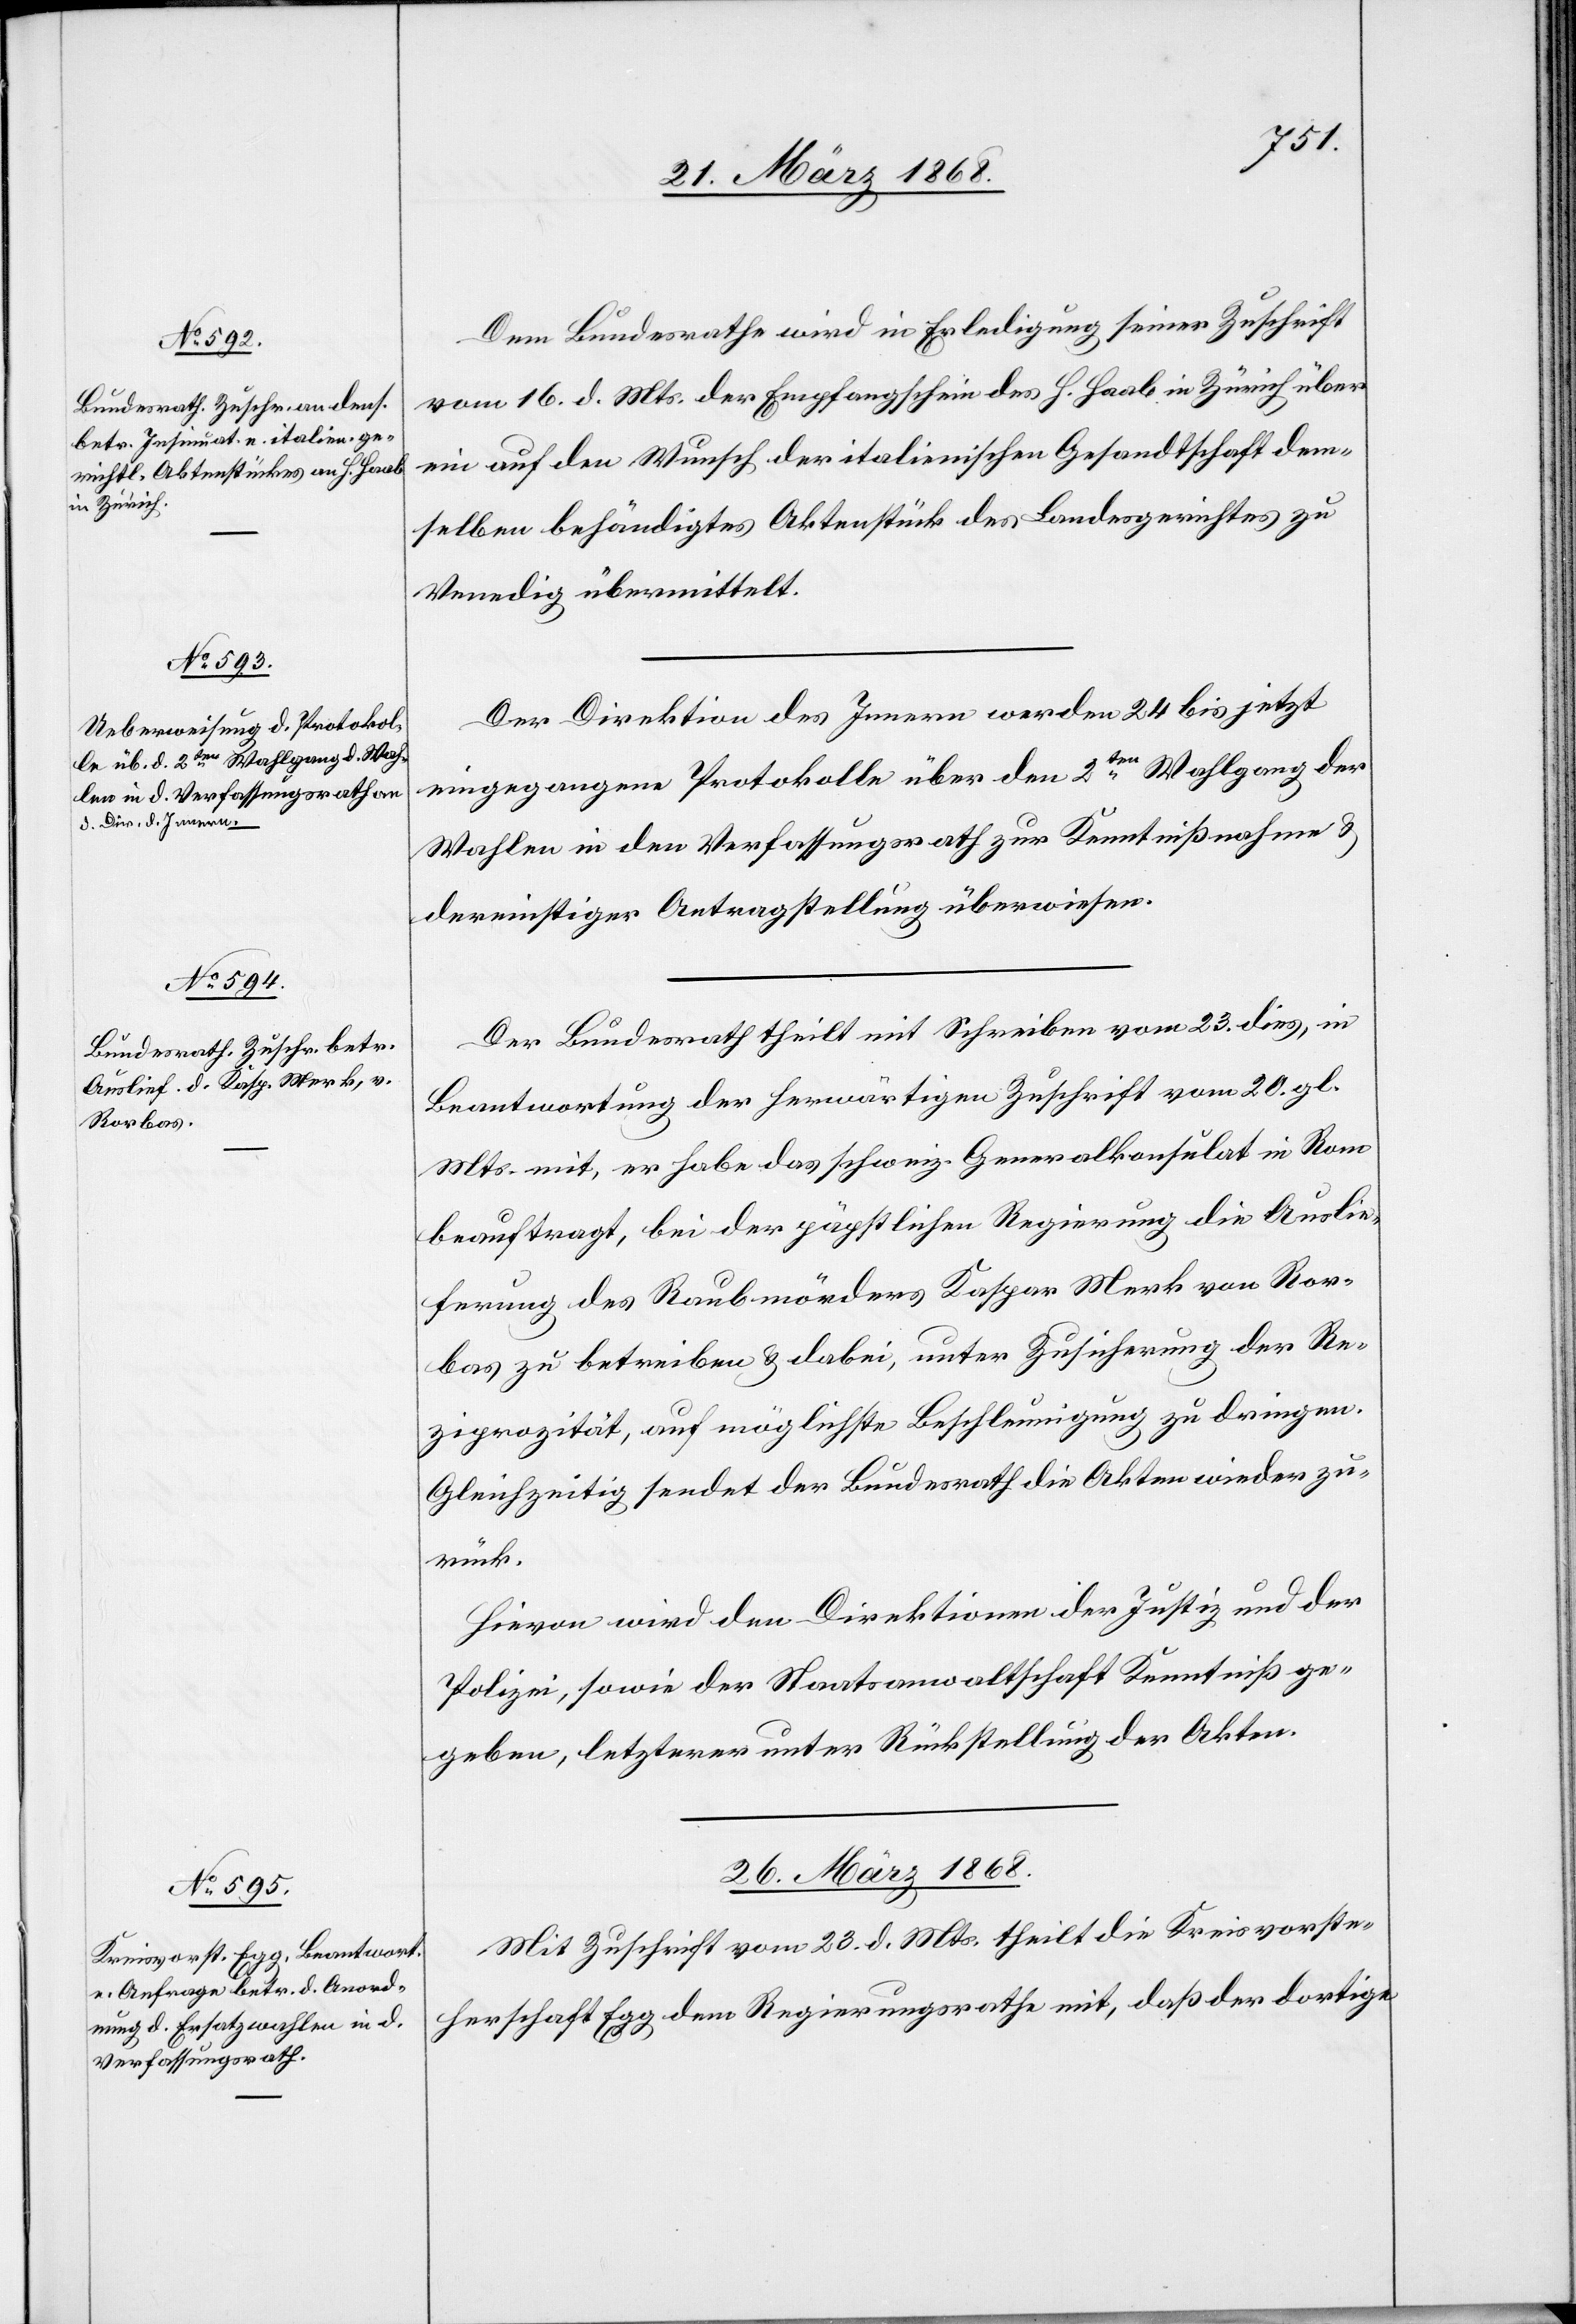
25. März 1868.]
Dem Bundesrathe wird in Erledigung seiner Zuschrift
vom 16. d. Mts. der Empfangschein des H. Haab in Zürich über
ein auf den Wunsch der italienischen Gesandtschaft dem¬
selben behändigtes Aktenstück des Landesgerichtes zu
Venedig übermittelt.
Der Direktion des Innern werden 24 bis jetzt
eingegangene Protokolle über den 2ten Wahlgang der
Wahlen in den Verfassungsrath zur Kenntnißnahme &
dereinstiger Antragstellung überwiesen.
Der Bundesrath theilt mit Schreiben vom 23. dies, in
Beantwortung der herwärtigen Zuschrift vom 20. gl.
Mts. mit, er habe das schweiz. Generalkonsulat in Rom
beauftragt, bei der päpstlichen Regierung die Auslie¬
ferung des Raubmörders Kaspar Merk von Ror¬
bas zu betreiben & dabei, unter Zusicherung der Re¬
ziprozität, auf möglichste Beschleunigung zu dringen.
Gleichzeitig sendet der Bundesrath die Akten wieder zu¬
rück.
Hievon wird den Direktionen der Justiz und der
Polizei, sowie der Staatsanwaltschaft Kenntniß ge¬
geben, letzterer unter Rückstellung der Akten.
26. März 1868.
Mit Zuschrift vom 23. d. Mts. theilt die Kreisvorste¬
herschaft Egg dem Regierungsrathe mit, daß der dortige